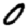
Digit: 0